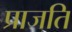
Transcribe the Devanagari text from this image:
प्राजति